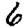
Digit: 6